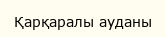
Қарқаралы ауданы